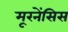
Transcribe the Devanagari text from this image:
मूरनेंसिस